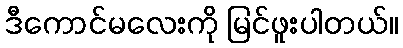
ဒီကောင်မလေးကို မြင်ဖူးပါတယ်။